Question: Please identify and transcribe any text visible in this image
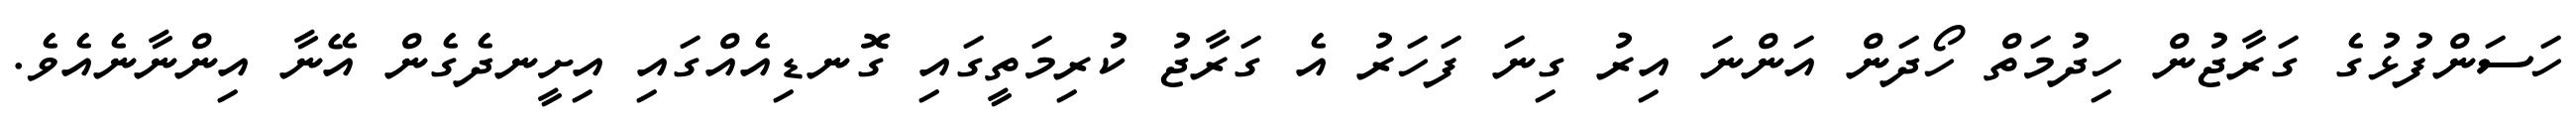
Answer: ހަސަންފުޅުގެ ގަރާޖުން ހިދުމަތް ހޯދަން އަންނަ އިރު ގިނަ ފަހަރު އެ ގަރާޖު ކުރިމަތީގައި ގޮނޑިއެއްގައި އިށީނދެގެން އޭނާ އިންނާނެއެވެ.